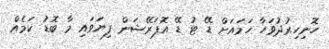
ހޮނިހިރުދުވަހާ ހަމައަށް ޑޭ ޓު ޑޭ އޮޕަރޭޝަން ފިޔަވައި މާ ބޮޑު ކަމެއް